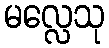
မလ္လေသု